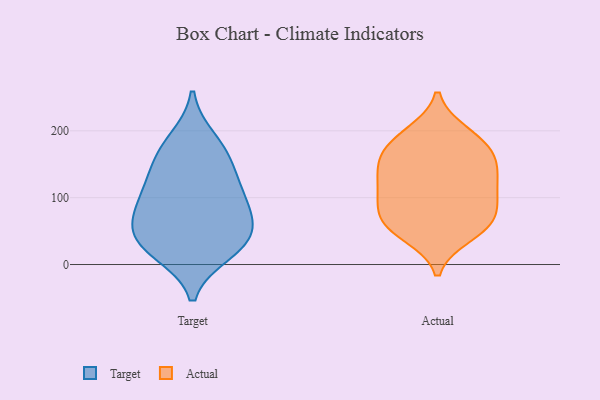
{"axis": {"x": "Customer Acquisition Cost (USD)", "y": "Value"}, "legend": ["Actual", "Target"], "data": [{"x": "", "y": 105, "type": "Target"}, {"x": "", "y": 151, "type": "Target"}, {"x": "", "y": 92, "type": "Target"}, {"x": "", "y": 62, "type": "Target"}, {"x": "", "y": 186, "type": "Target"}, {"x": "", "y": 39, "type": "Target"}, {"x": "", "y": 37, "type": "Target"}, {"x": "", "y": 28, "type": "Target"}, {"x": "", "y": 120, "type": "Target"}, {"x": "", "y": 75, "type": "Target"}, {"x": "", "y": 19, "type": "Target"}, {"x": "", "y": 165, "type": "Target"}, {"x": "", "y": 65, "type": "Actual"}, {"x": "", "y": 101, "type": "Actual"}, {"x": "", "y": 55, "type": "Actual"}, {"x": "", "y": 61, "type": "Actual"}, {"x": "", "y": 159, "type": "Actual"}, {"x": "", "y": 102, "type": "Actual"}, {"x": "", "y": 196, "type": "Actual"}, {"x": "", "y": 69, "type": "Actual"}, {"x": "", "y": 121, "type": "Actual"}, {"x": "", "y": 106, "type": "Actual"}, {"x": "", "y": 150, "type": "Actual"}, {"x": "", "y": 182, "type": "Actual"}, {"x": "", "y": 45, "type": "Actual"}, {"x": "", "y": 188, "type": "Actual"}, {"x": "", "y": 139, "type": "Actual"}, {"x": "", "y": 156, "type": "Actual"}]}